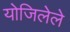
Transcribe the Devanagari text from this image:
योजिलेले